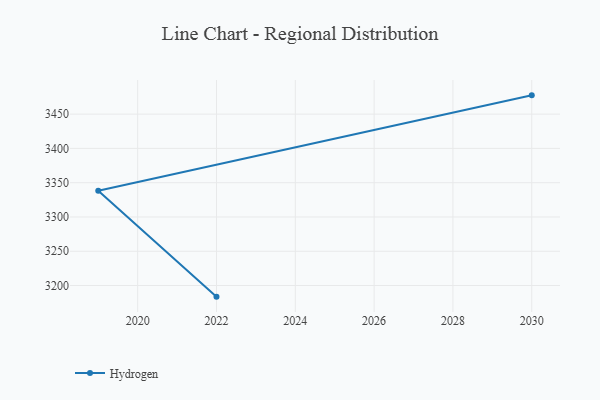
{"axis": {"x": "Year", "y": "Gross Profit (USD K)"}, "legend": ["Hydrogen"], "data": [{"x": "2030", "y": 3477.4, "type": "Hydrogen"}, {"x": "2019", "y": 3338.4, "type": "Hydrogen"}, {"x": "2022", "y": 3183.8, "type": "Hydrogen"}]}